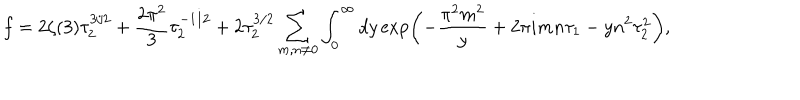
LaTeX: f = 2 \zeta ( 3 ) \tau _ { 2 } ^ { 3 / 2 } + { \frac { 2 \pi ^ { 2 } } { 3 } } \tau _ { 2 } ^ { - 1 / 2 } + 2 \tau _ { 2 } ^ { 3 / 2 } \sum _ { m , n \neq 0 } \int _ { 0 } ^ { \infty } d y \exp \left( - { \frac { \pi ^ { 2 } m ^ { 2 } } { y } } + 2 \pi i m n \tau _ { 1 } - y n ^ { 2 } \tau _ { 2 } ^ { 2 } \right) ,